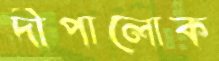
দীপালোক